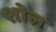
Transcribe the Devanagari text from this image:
शोल